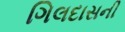
ગિલદાસની